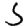
Digit: 5